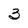
Character: 3